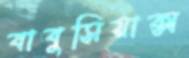
বাবুসিয়াক্স